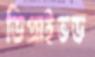
ডিপ্রাইভড